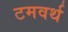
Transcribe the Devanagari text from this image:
टमवर्थ